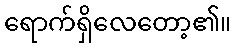
ရောက်ရှိလေတော့၏။